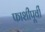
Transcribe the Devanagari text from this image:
फाशीपूर्वी